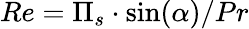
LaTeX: Re=\Pi_{s}\cdot\sin(\alpha)/Pr